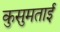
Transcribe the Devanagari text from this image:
कुसुमताई